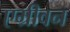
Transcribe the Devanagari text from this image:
एभ्रीवन